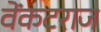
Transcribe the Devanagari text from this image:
वेंकटराज